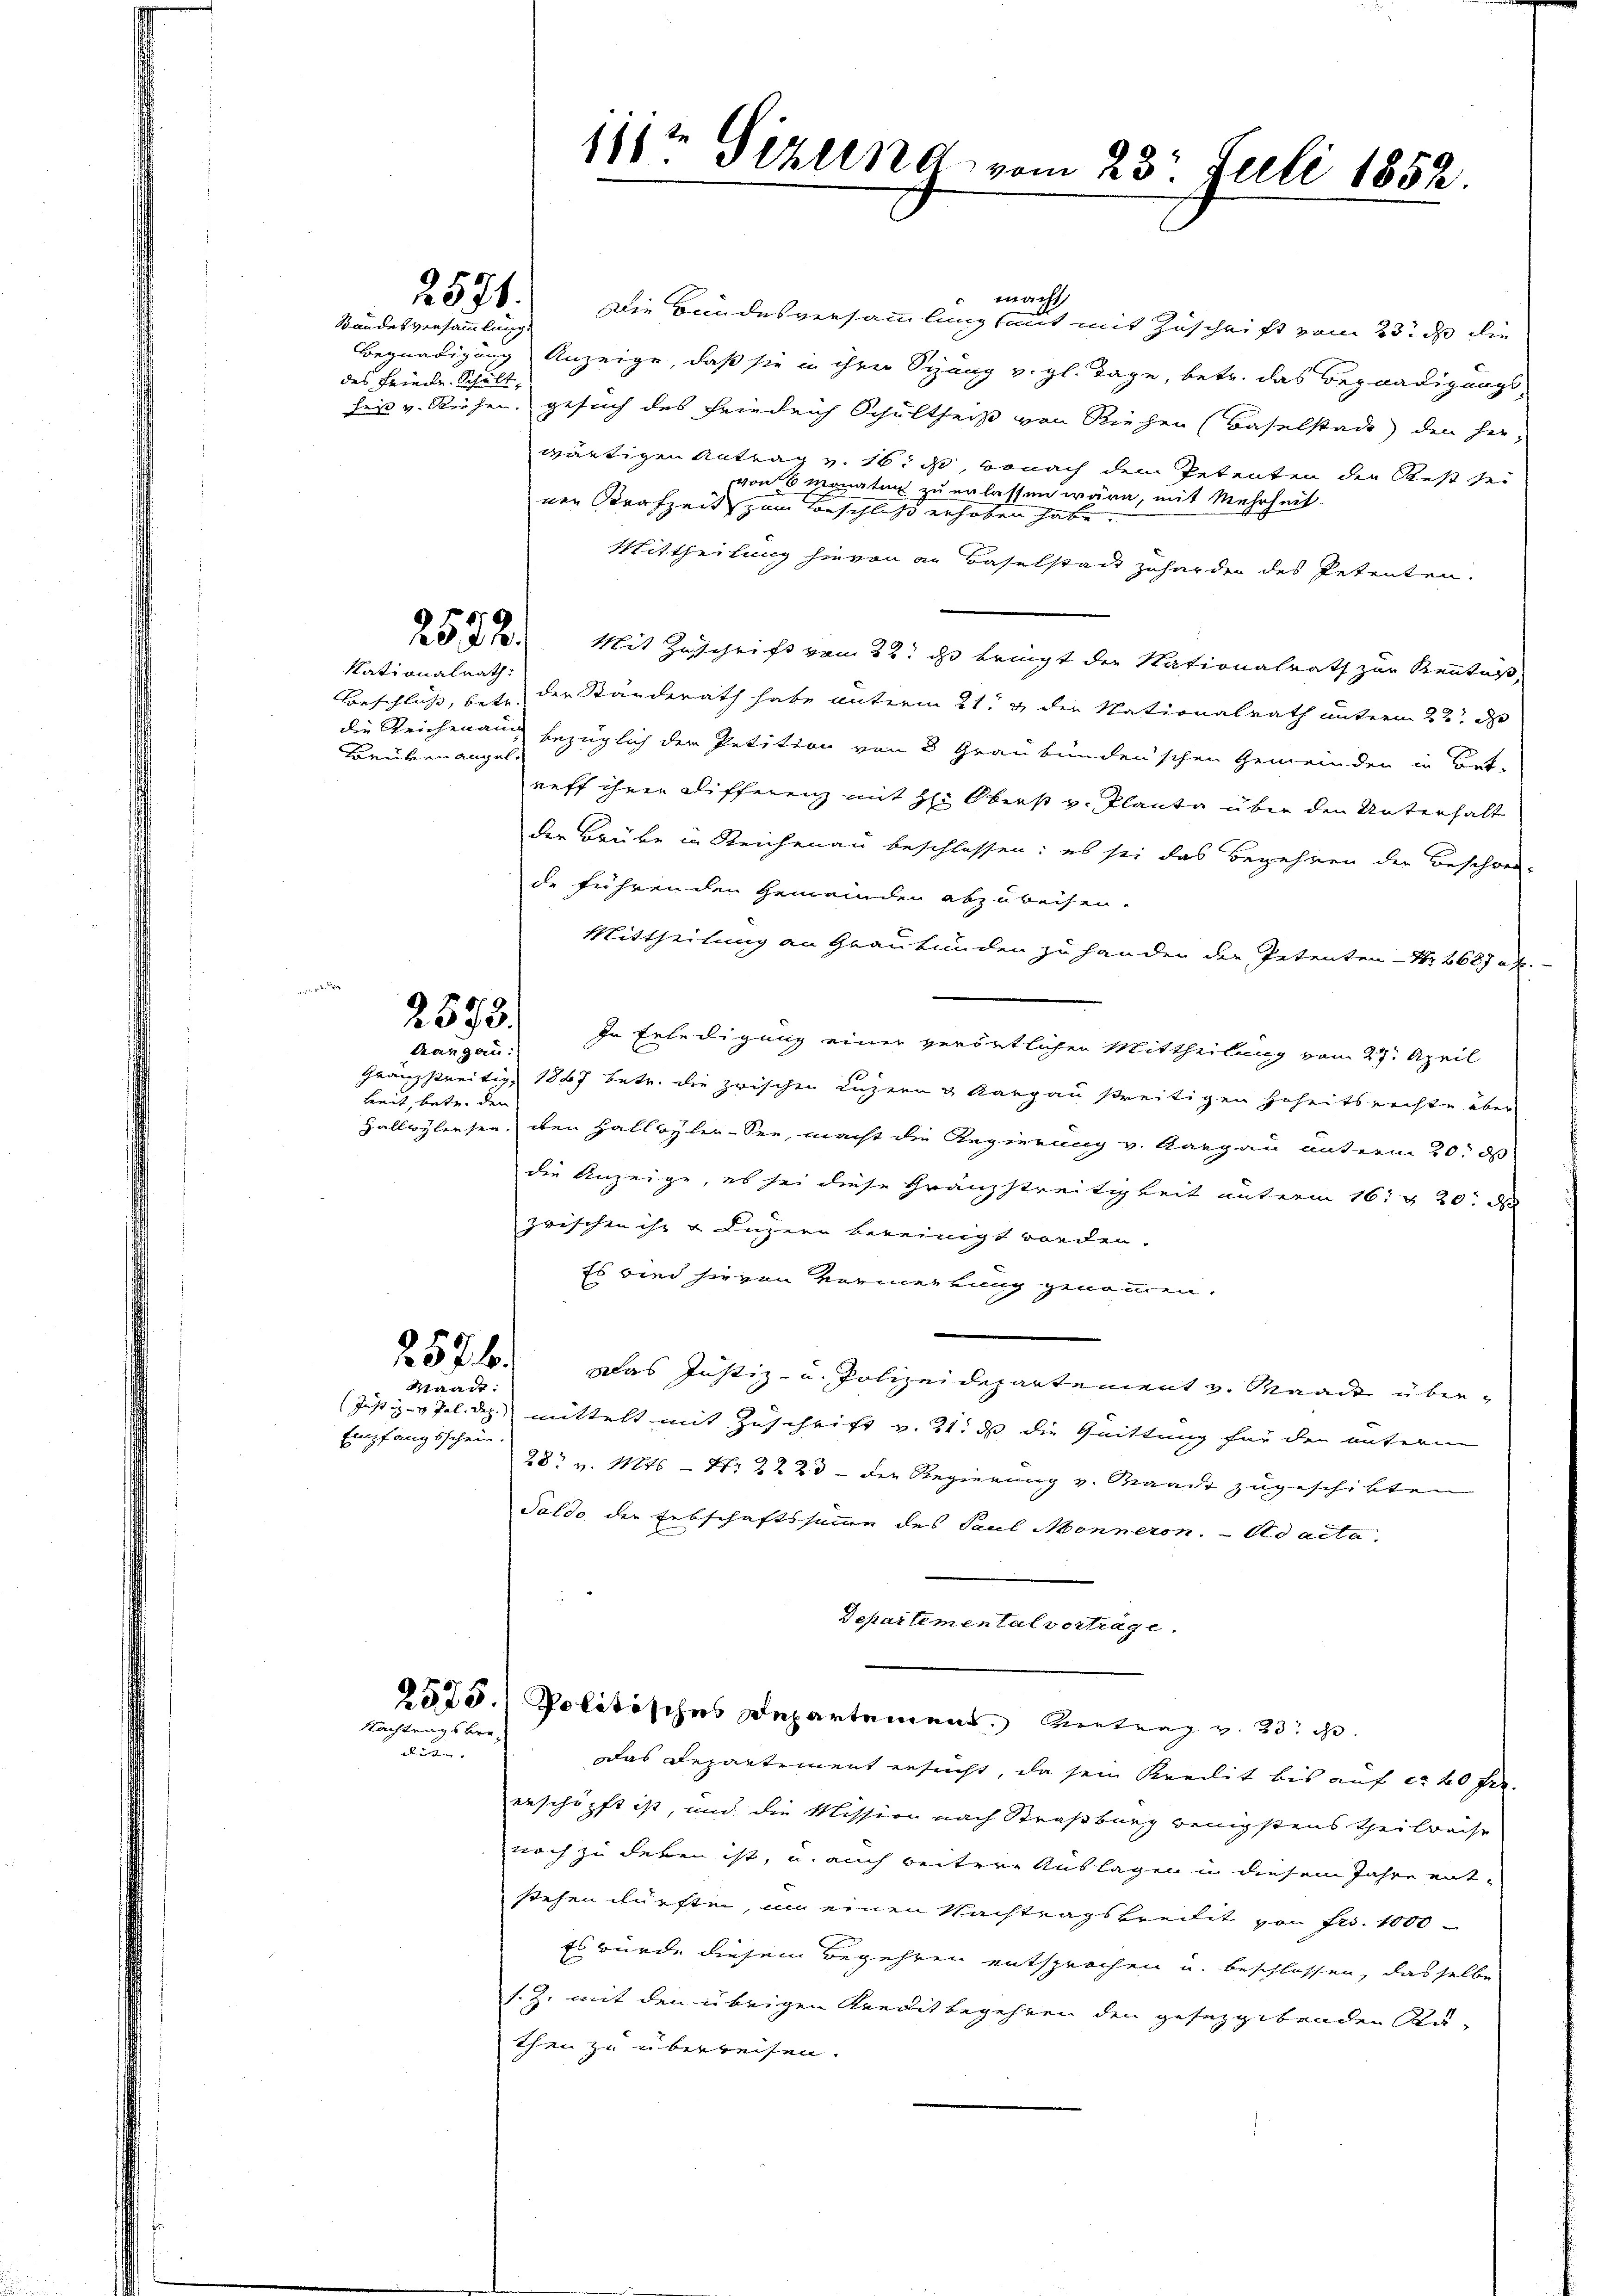
2571.

Bandesversammlung
des Friede Schult

Rationalrath:

Bruben angele

2573.

Kangau:
keit, betr. der

2574.

Waadt:
Empfangsschein.

Nachtungsverdi- |

macht,
Die Bundesversammlung mit mit Zuschrift vom 23. de die
Begnadigung Anzeige, daß sie in ihrer Sizung v. gl. Tage, betr. das Begnadigungs
der v. Riehen, gesuch des Friedrich Schultheiß von Riehen (Baselstade den herwärtigen Antrag v. 16. ds, wonach dem Petenten der Rest sei
von 6 Monatur zu erlassen wäre, mit Mehrheit.
nen Strafzeit zum Beschluß erhoben habe
Mittheilung hievon an Baselstad zuharden des Petenten.
531. Mit Zuschrift vom 22. ds. bringt der Nationalrath zur Kenntniß,
Beschluß, betr. der Standerath habe unterm 21.t & der Nationalrath unterm 22. D
die Reichenau bezüglich der Petition von 3 Graubündenschen Gemeinden in Bet-
reff ihren Differenz mit H: Oberst v. Planta über den Unterhalt
der Brüke in Reichenau beschlossen: es sei das Begehren der Beschwer-
de führenden Gemeinden abzuweisen.
Mittheilung an Graubünden zu handen der Petenten Nr. 2687 af.-
In Erledigung einer verörtlichen Mittheilung vom 27. April
Granzstreitig 1867 betr. die zwischen Luzern & Aargau streitigen Hoheitsrechten über
Hallwylersen, den Hallwyler-See, macht die Regierung v. Aargau unterm 20. d
die Anzeige, es sei diese Franzstreitigkeit unterm 16. & 20 de
zwischen ihr u Luzern bereinigt worden.
Es wird hievon Vormerkung genommen.
das Justiz- u. Polizeidepartement v. Waadt über¬
(Justiz- & Pol. dez. mittelt mit Zuschrift v. 21. ds die Quittung für den unterm
28. v. Mts. — Nr 22 23 - der Regierung v. Waadt zugeschikten
Saldo der Erbschaftssumme des Paul Monneron. Ad acta.
Departemental vorträge.
2575. Politisches Departement. Vertrag v. 23. d.
Das Departement ersucht, da sein Kredit bis auf ca 20 für
erschöpft ist, und die Mission nach Straßburg wenigstens Theilweise
noch zu leben ist, u. auch beitere Auslagen u diesem Jahre ent-
stehen dürften, um einen Nachtragskredit von Fr. 1000
Es wurde diesem Begehren entsprochen u. beschlossen, dasselbe
s. Z. mit den übrigen Kredit begehren den gesezgebenden Ruthen zu überreisen.

111t Gizlend vom 23. Juli 1852.